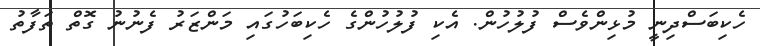
ހެކިބަސްދިނީ މުޅިންވެސް ފުލުހުން. އެކި ފުލުހުންގެ ހެކިބަހުގައި މަންޒަރު ފެނުނު ގޮތް ތަފާތު